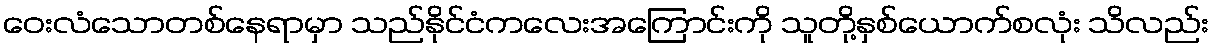
ဝေးလံသောတစ်နေရာမှာ သည်နိုင်ငံကလေးအကြောင်းကို သူတို့နှစ်ယောက်စလုံး သိလည်း